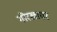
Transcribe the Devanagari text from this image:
गोरखावर